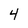
Character: 4